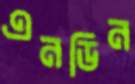
এনডিন